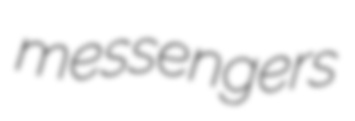
messengers